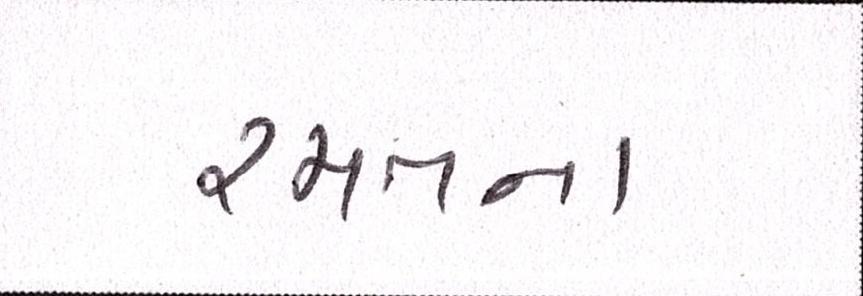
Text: રમતના